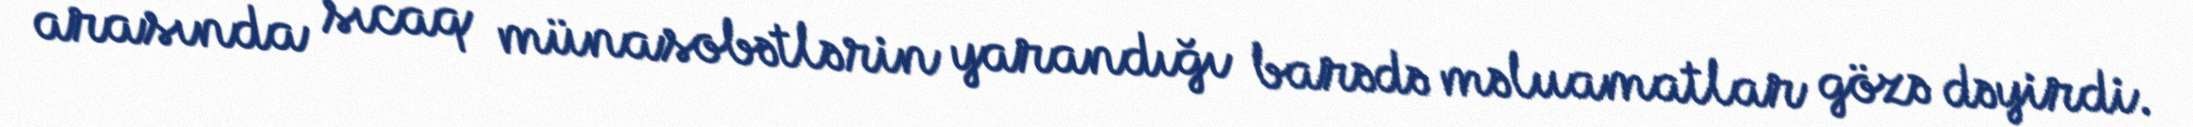
arasında sıcaq münasobətlərin yarandığı barədə məluamatlar gözə dəyirdi.